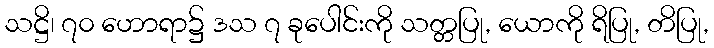
သဋ္ဌိ၊ ၇၀ ဟောရာ၌ ဒသ ၇ ခုပေါင်းကို သတ္တပြု, ယောကို ရိပြု, တိပြု,